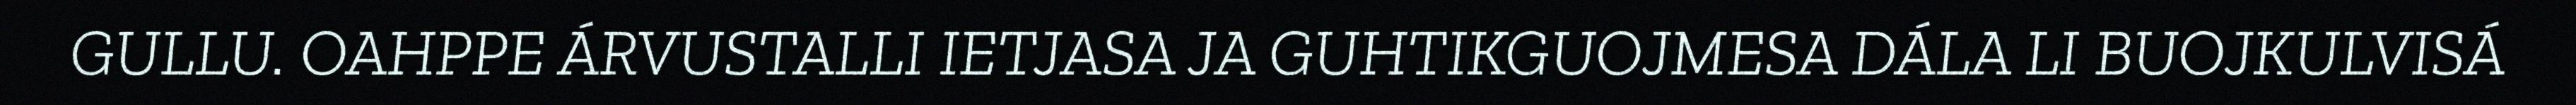
GULLU. OAHPPE ÁRVUSTALLI IETJASA JA GUHTIKGUOJMESA DÁLA LI BUOJKULVISÁ